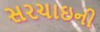
સરચાઇની